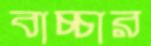
বাচ্চার